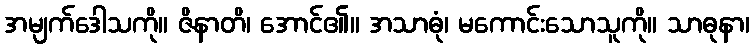
အမျက်ဒေါသကို။ ဇိနာတိ၊ အောင်၏။ အသာဓုံ၊ မကောင်းသောသူကို။ သာဓုနာ၊